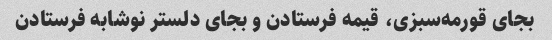
بجای قورمه‌سبزی، قیمه فرستادن و بجای دلستر نوشابه فرستادن